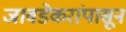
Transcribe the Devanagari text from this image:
जावडेकरांपासून